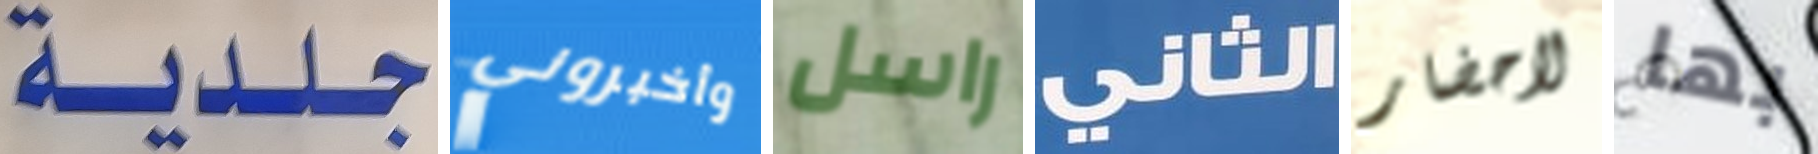
جلدية وأخبروني راسل الثاني لاحضار بها